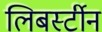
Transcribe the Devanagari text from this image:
लिबर्स्टीन